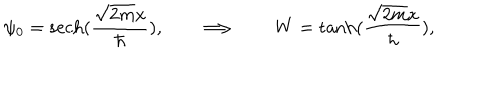
\psi _ { 0 } = \mathrm { s e c h } ( { \frac { \sqrt { 2 m } x } { \hbar } } ) , \qquad \Longrightarrow \qquad W = \tanh ( { \frac { \sqrt { 2 m } x } { \hbar } } ) ,